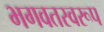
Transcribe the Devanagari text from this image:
भगवतस्वरूप